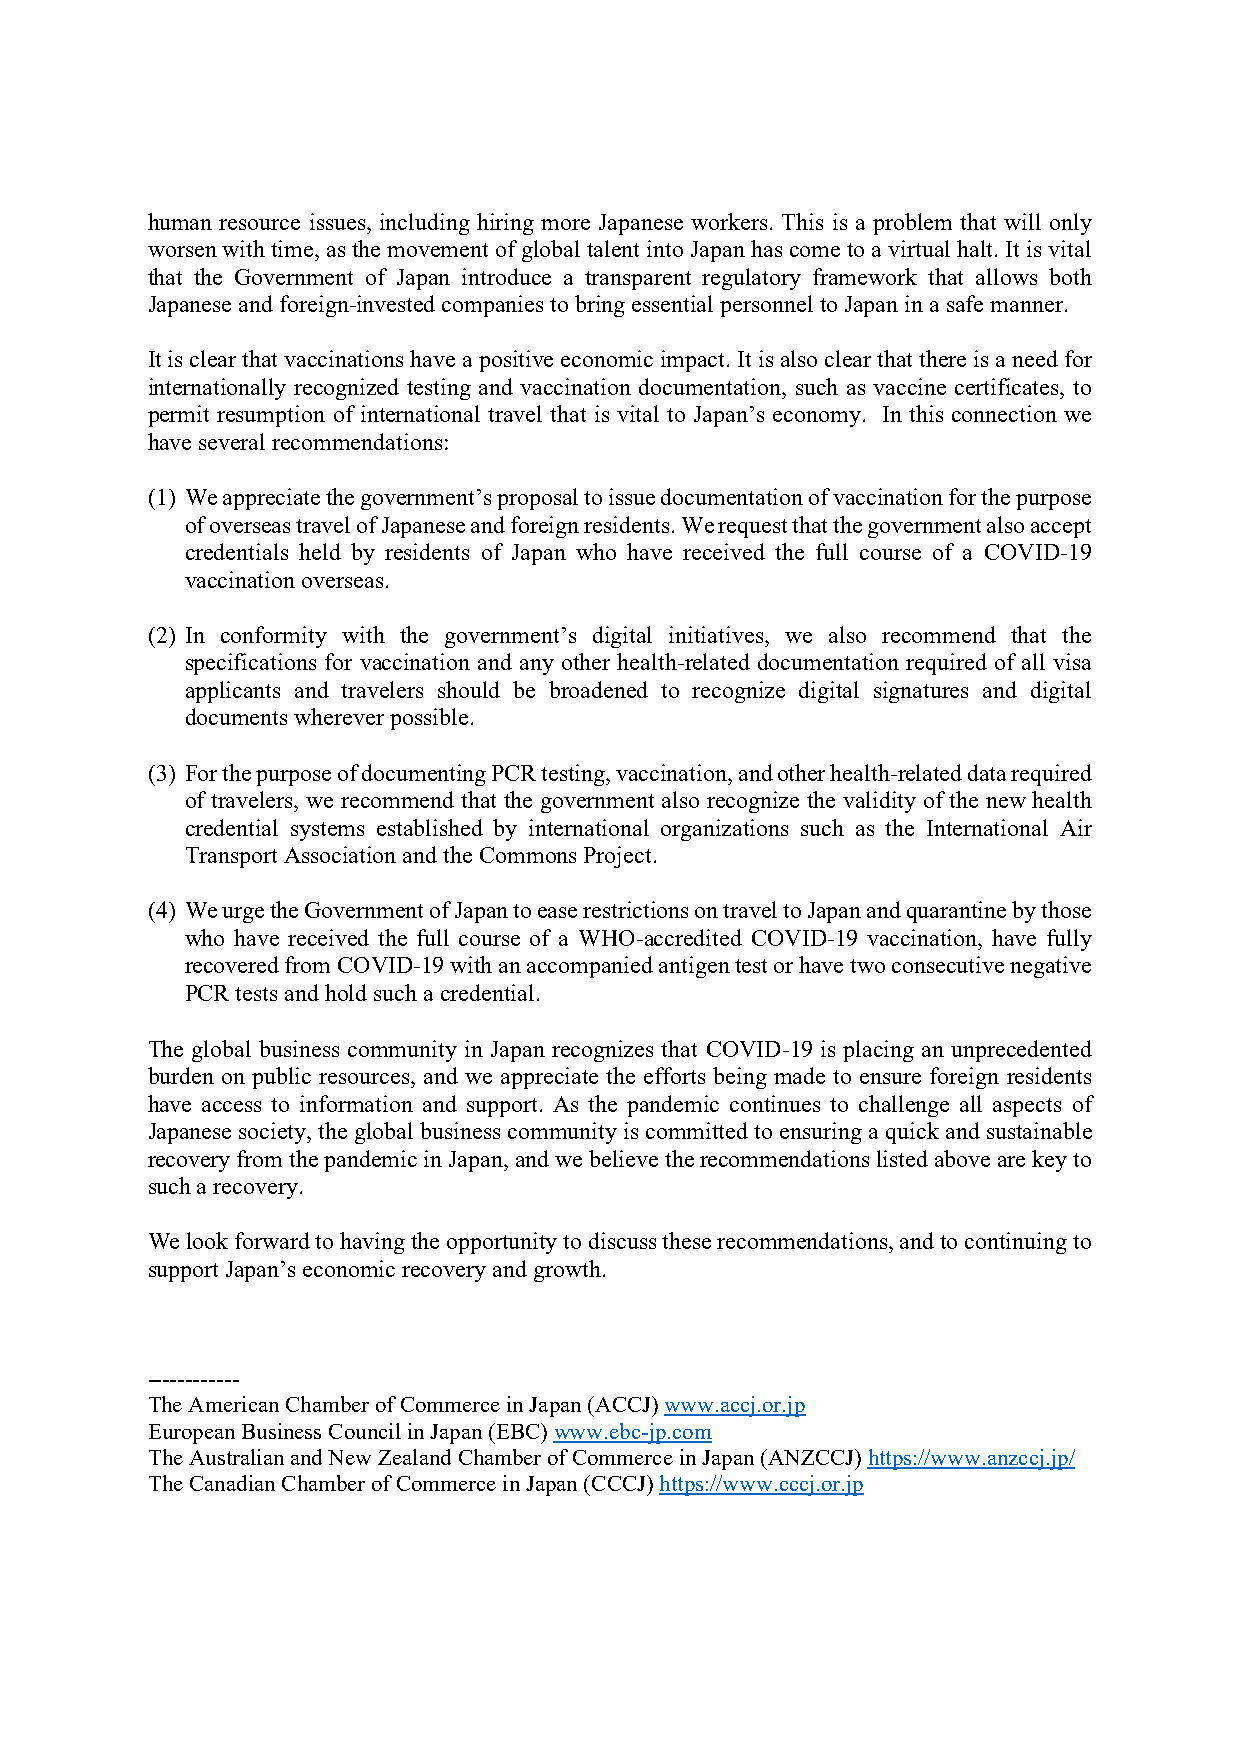
human resource issues, including hiring more Japanese workers. This is a problem that will only
 worsen with time, as the movement of global talent into Japan has come to a virtual halt. It is vital
 that the Government of Japan introduce a transparent regulatory framework that allows both
 Japanese and foreign-invested companies to bring essential personnel to Japan in a safe manner.
 It is clear that vaccinations have a positive economic impact. It is also clear that there is a need for
 internationally recognized testing and vaccination documentation, such as vaccine certificates, to
 permit resumption of international travel that is vital to Japan’s economy. In this connection we
 have several recommendations:
 (1) We appreciate the government’s proposal to issue documentation of vaccination for the purpose
 of overseas travel of Japanese and foreign residents. We request that the government also accept
 credentials held by residents of Japan who have received the full course of a COVID-19
 vaccination overseas.
 (2) In conformity with the government’s digital initiatives, we also recommend that the
 specifications for vaccination and any other health-related documentation required of all visa
 applicants and travelers should be broadened to recognize digital signatures and digital
 documents wherever possible.
 (3) For the purpose of documenting PCR testing, vaccination, and other health-related data required
 of travelers, we recommend that the government also recognize the validity of the new health
 credential systems established by international organizations such as the International Air
 Transport Association and the Commons Project.
 (4) We urge the Government of Japan to ease restrictions on travel to Japan and quarantine by those
 who have received the full course of a WHO-accredited COVID-19 vaccination, have fully
 recovered from COVID-19 with an accompanied antigen test or have two consecutive negative
 PCR tests and hold such a credential.
 The global business community in Japan recognizes that COVID-19 is placing an unprecedented
 burden on public resources, and we appreciate the efforts being made to ensure foreign residents
 have access to information and support. As the pandemic continues to challenge all aspects of
 Japanese society, the global business community is committed to ensuring a quick and sustainable
 recovery from the pandemic in Japan, and we believe the recommendations listed above are key to
 such a recovery.
 We look forward to having the opportunity to discuss these recommendations, and to continuing to
 support Japan’s economic recovery and growth.
 ------------
 The American Chamber of Commerce in Japan (ACCJ) www.accj.or.jp
 European Business Council in Japan (EBC) www.ebc-jp.com
 The Australian and New Zealand Chamber of Commerce in Japan (ANZCCJ) https://www.anzccj.jp/
 The Canadian Chamber of Commerce in Japan (CCCJ) https://www.cccj.or.jp